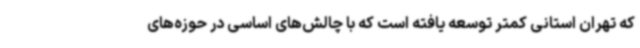
که تهران استانی کمتر توسعه یافته است که با چالش‌های اساسی در حوزه‌های